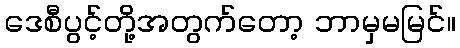
ဒေစီပွင့်တို့အတွက်တော့ ဘာမှမမြင်။